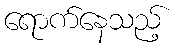
ရောက်နေသည့်